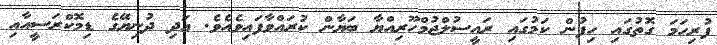
ފުރިހަމަ ގޮތުގައި ހިފުން ކަމުގައި ރައީސުލްޖުމްހޫރިއްޔާ ބަޔާން ކުރައްވާފައިވެއެވެ. އަދި ދުނިޔޭގެ ޑިމޮކްރަސީއާއި